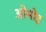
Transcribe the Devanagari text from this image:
ओमोड़